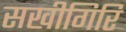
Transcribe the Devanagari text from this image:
सखीगिरि